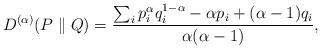
LaTeX: \begin{align*} \begin{aligned} D^{(\alpha)}(P\parallel Q) =\frac{\sum_i p_i^{\alpha} q_i^{1-\alpha}-\alpha p_i +(\alpha-1)q_i }{\alpha(\alpha-1)}, \end{aligned}\end{align*}